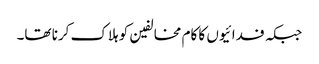
جبکہ فدائیوں کا کام مخالفین کو ہلاک کرنا تھا۔